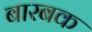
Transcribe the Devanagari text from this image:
बारबक